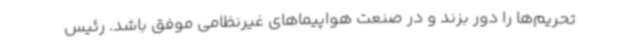
تحریم‌ها را دور بزند و در صنعت هواپیماهای غیرنظامی موفق باشد. رئیس